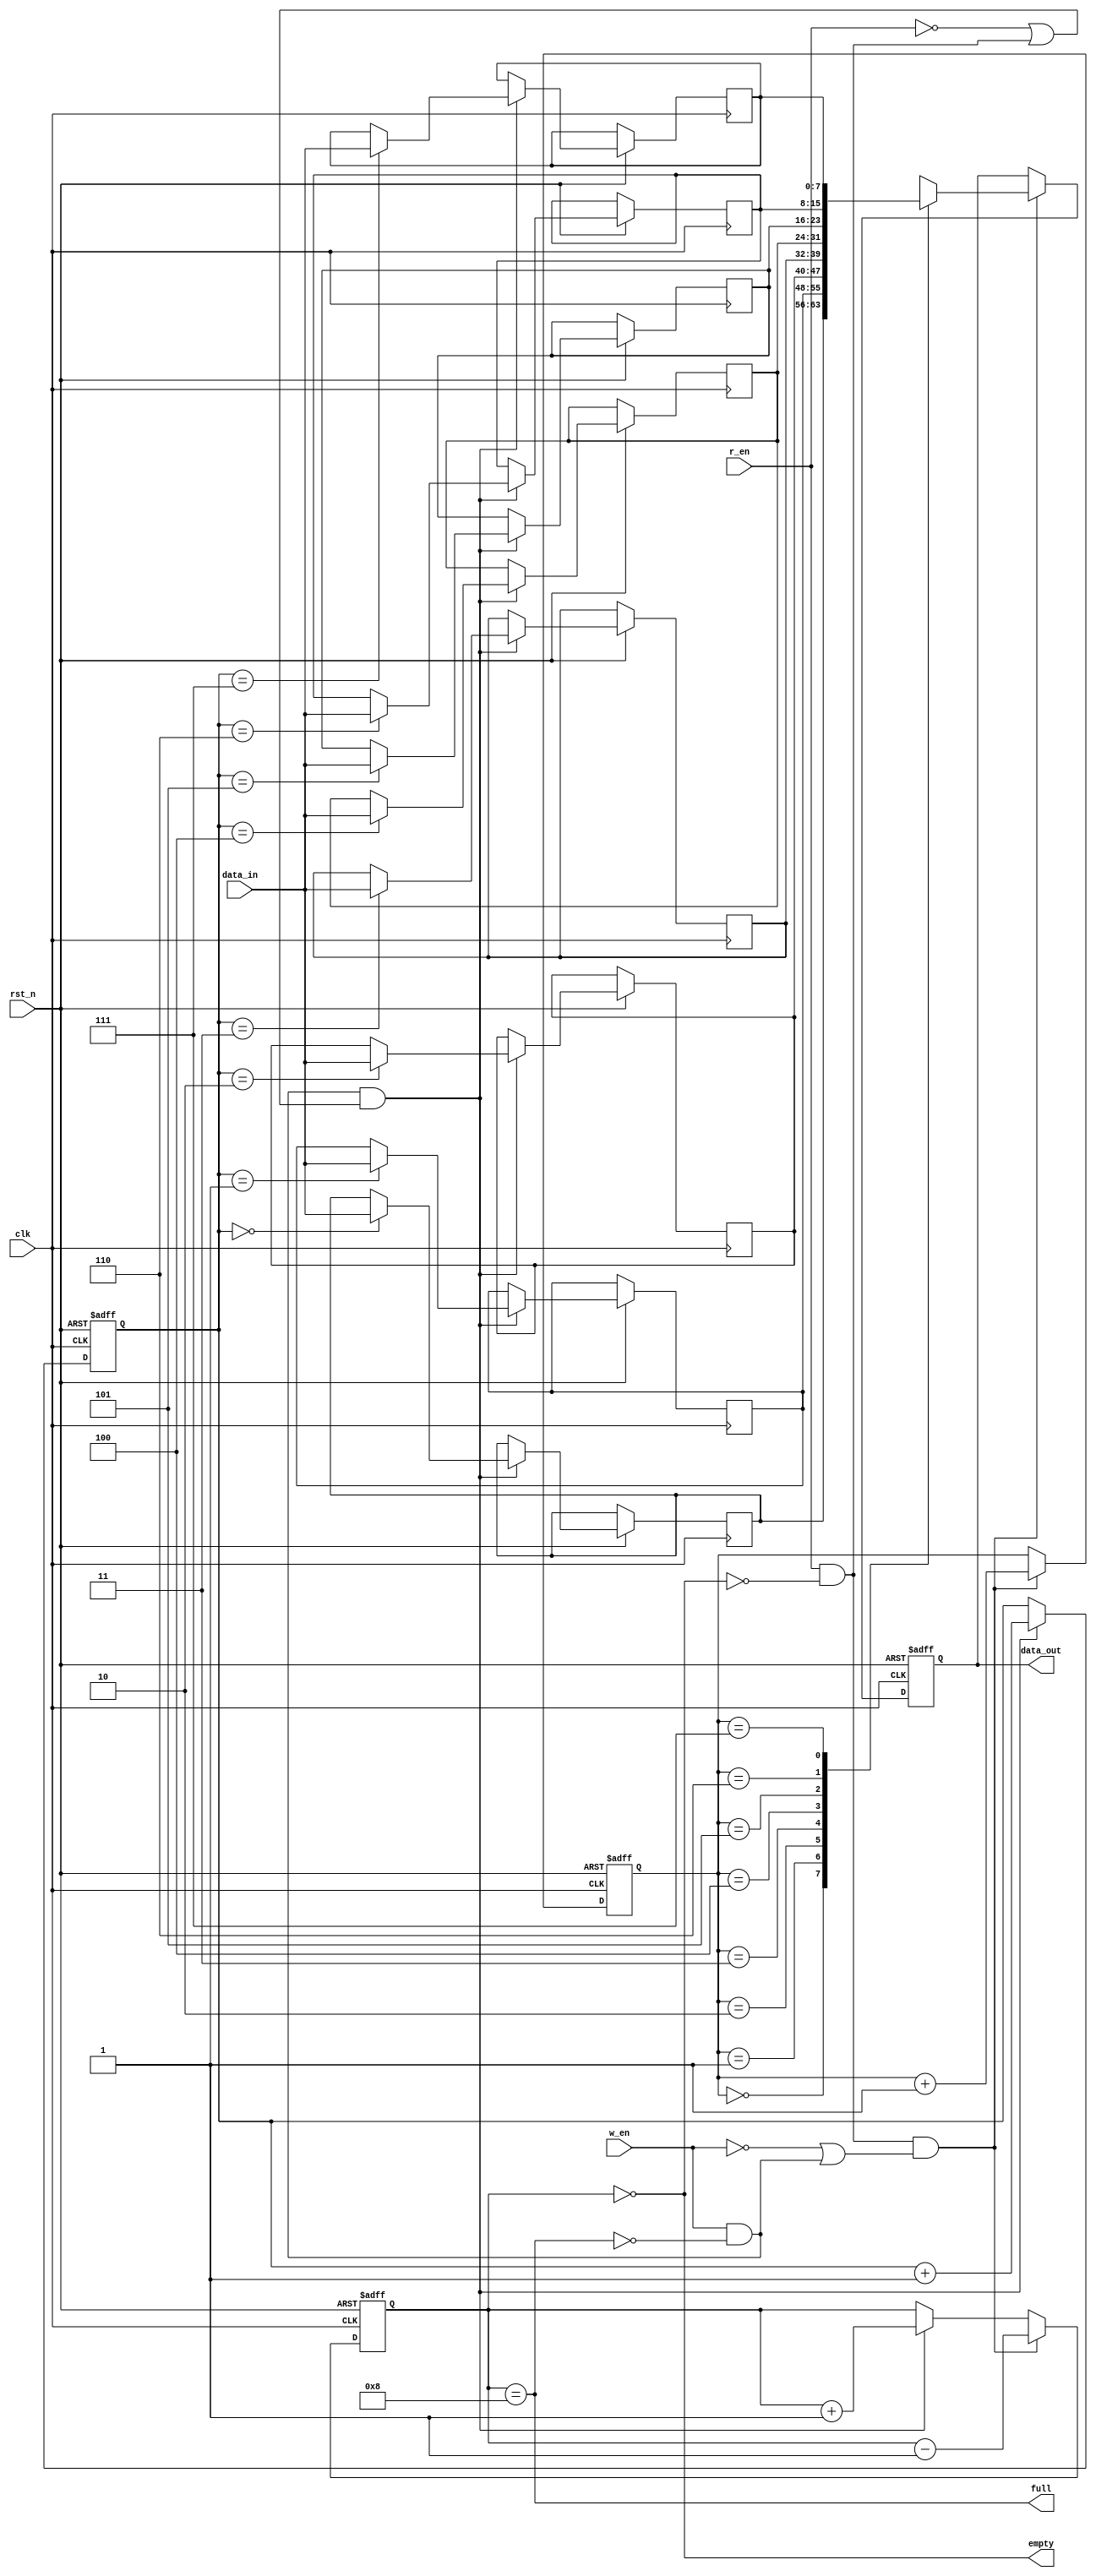
`timescale 1ns / 1ps
//////////////////////////////////////////////////////////////////////////////////
// 
// Design Name: synchronous fifo using a common counter 
// Module Name: synchronous_fifo
//
// Tool Used : AMD's Xilinx Vivado Version 2023.2
//
// Language used :  Verilog
//////////////////////////////////////////////////////////////////////////////////
/* The synchronous FIFO can also be implemented using a common counter that can be
incremented or decremented based on write to the FIFO or read from the FIFO
respectively.
Empty condition
count == 0 i.e. FIFO contains nothing.
Full condition
count == FIFO_DEPTH i.e. counter value has reached till the depth of FIFO*/
module synchronous_fifo #(parameter DEPTH=8, DATA_WIDTH=8) (
    input clk,
    input rst_n,
    input w_en,
    input r_en,
    input [DATA_WIDTH-1:0] data_in,
    output reg [DATA_WIDTH-1:0] data_out,
    output full,
    output empty
);

    reg [$clog2(DEPTH)-1:0] w_ptr, r_ptr;
    reg [DATA_WIDTH-1:0] fifo [0:DEPTH-1];
    reg [$clog2(DEPTH):0] count;

    // Set default values on reset.
    always @(posedge clk or negedge rst_n) begin
        if (!rst_n) begin
            w_ptr <= 0;
            r_ptr <= 0;
            data_out <= 0;
            count <= 0;
        end else begin
            if (w_en && !full && (!r_en || r_en && !empty)) begin
                fifo[w_ptr] <= data_in;
                w_ptr <= w_ptr + 1;
                count <= count + 1;
            end
            if (r_en && !empty && (!w_en || w_en && !full)) begin
                data_out <= fifo[r_ptr];
                r_ptr <= r_ptr + 1;
                count <= count - 1;
            end
        end
    end

    assign full = (count == DEPTH);
    assign empty = (count == 0);
endmodule